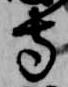
寺